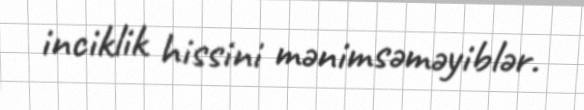
inciklik hissini mənimsəməyiblər.